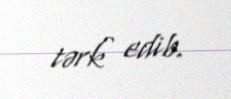
tərk edib.